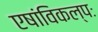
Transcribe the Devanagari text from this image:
एषांविकल्पः